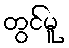
တွင်မူ